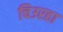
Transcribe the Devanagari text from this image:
चिउरहा